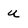
Character: u